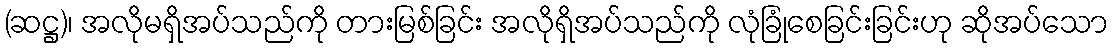
(ဆဋ္ဌ)၊ အလိုမရှိအပ်သည်ကို တားမြစ်ခြင်း အလိုရှိအပ်သည်ကို လုံခြုံစေခြင်းခြင်းဟု ဆိုအပ်သော